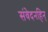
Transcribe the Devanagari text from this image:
संवेदनहिन्